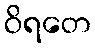
ဝိရတေ